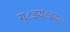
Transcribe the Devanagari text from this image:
ग्८इय्८इय्८९